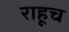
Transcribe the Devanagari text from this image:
राहूच